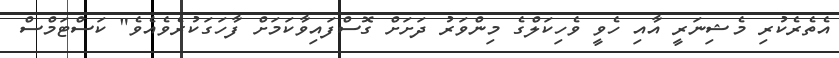
އެތެރެކުރި މެޝިނަރީ އާއި ހެވީ ވެހިކަލްގެ މިންވަރު ދަށަށް ގޮސްފައިވާކަމަށް ފާހަގަކުރެވެއެވެ" ކަސްޓަމްސް